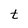
Character: t